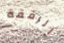
الرفقة